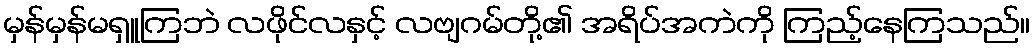
မှန်မှန်မရှူကြဘဲ လဖိုင်လနှင့် လဗျဂမ်တို့၏ အရိပ်အကဲကို ကြည့်နေကြသည်။